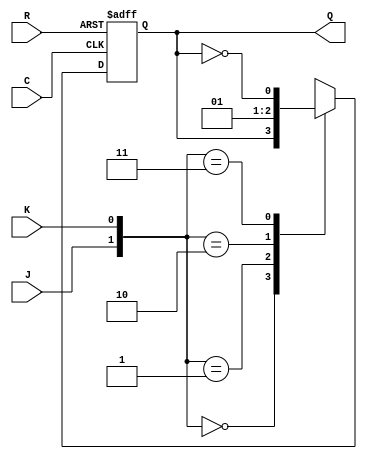
module JK(
    input J,
    input K,
    input C, 
    input R,
    output reg Q);
always @(posedge C or posedge R)begin
    if(R)
        Q<=0;
    else
        case({J,K})
            2'b00:Q<=Q;
            2'b01:Q<=1'b0;
            2'b10:Q<=1'b1;
            2'b11:Q<=~Q;
        endcase
end


endmodule